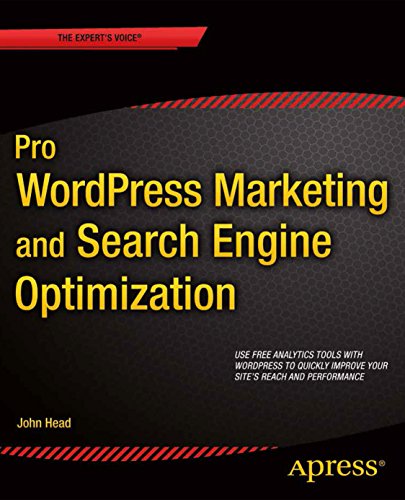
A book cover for Pro Marketing and Search Engine Optimization; John Head; Computers & Technology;